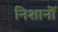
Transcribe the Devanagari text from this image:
निशानॊं